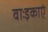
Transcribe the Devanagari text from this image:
वाःइकाएं